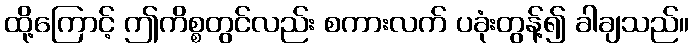
ထို့ကြောင့် ဤကိစ္စတွင်လည်း စကားလက် ပခုံးတွန့်၍ ခါချသည်။